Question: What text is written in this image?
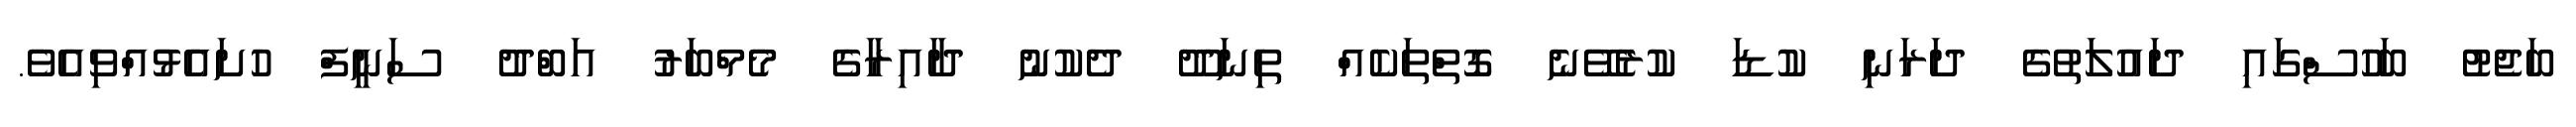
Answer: ބަޖެޓު ބަހުސްގައި ދައުލަތުގެ ދަރަނި ކުޑަ ކުރެވޭނެ ގޮތްތަކެއް ތިނަދޫ ދެކުނު ދާއިރާގެ މެމްބަރު އަބްދު ސަނީފް ހުށައެޅުއްވިއެވެ.